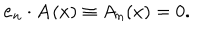
LaTeX: { \bf e } _ { n } \cdot { \bf A } ( x ) \equiv A _ { n } ( x ) = 0 .